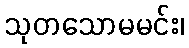
သုတသောမမင်း၊